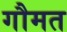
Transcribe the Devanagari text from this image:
गौमत